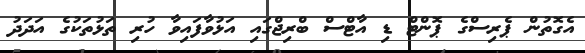
އެގޮތުން ޕެރިސްގެ ޕޮންޓް ޑި އާޓްސް ބްރިޖްގައި އަޅުވާފައިވާ ހުރި ތަޅުތަކުގެ އަދަދު